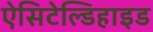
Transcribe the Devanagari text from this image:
ऐसिटेल्डिहाइड